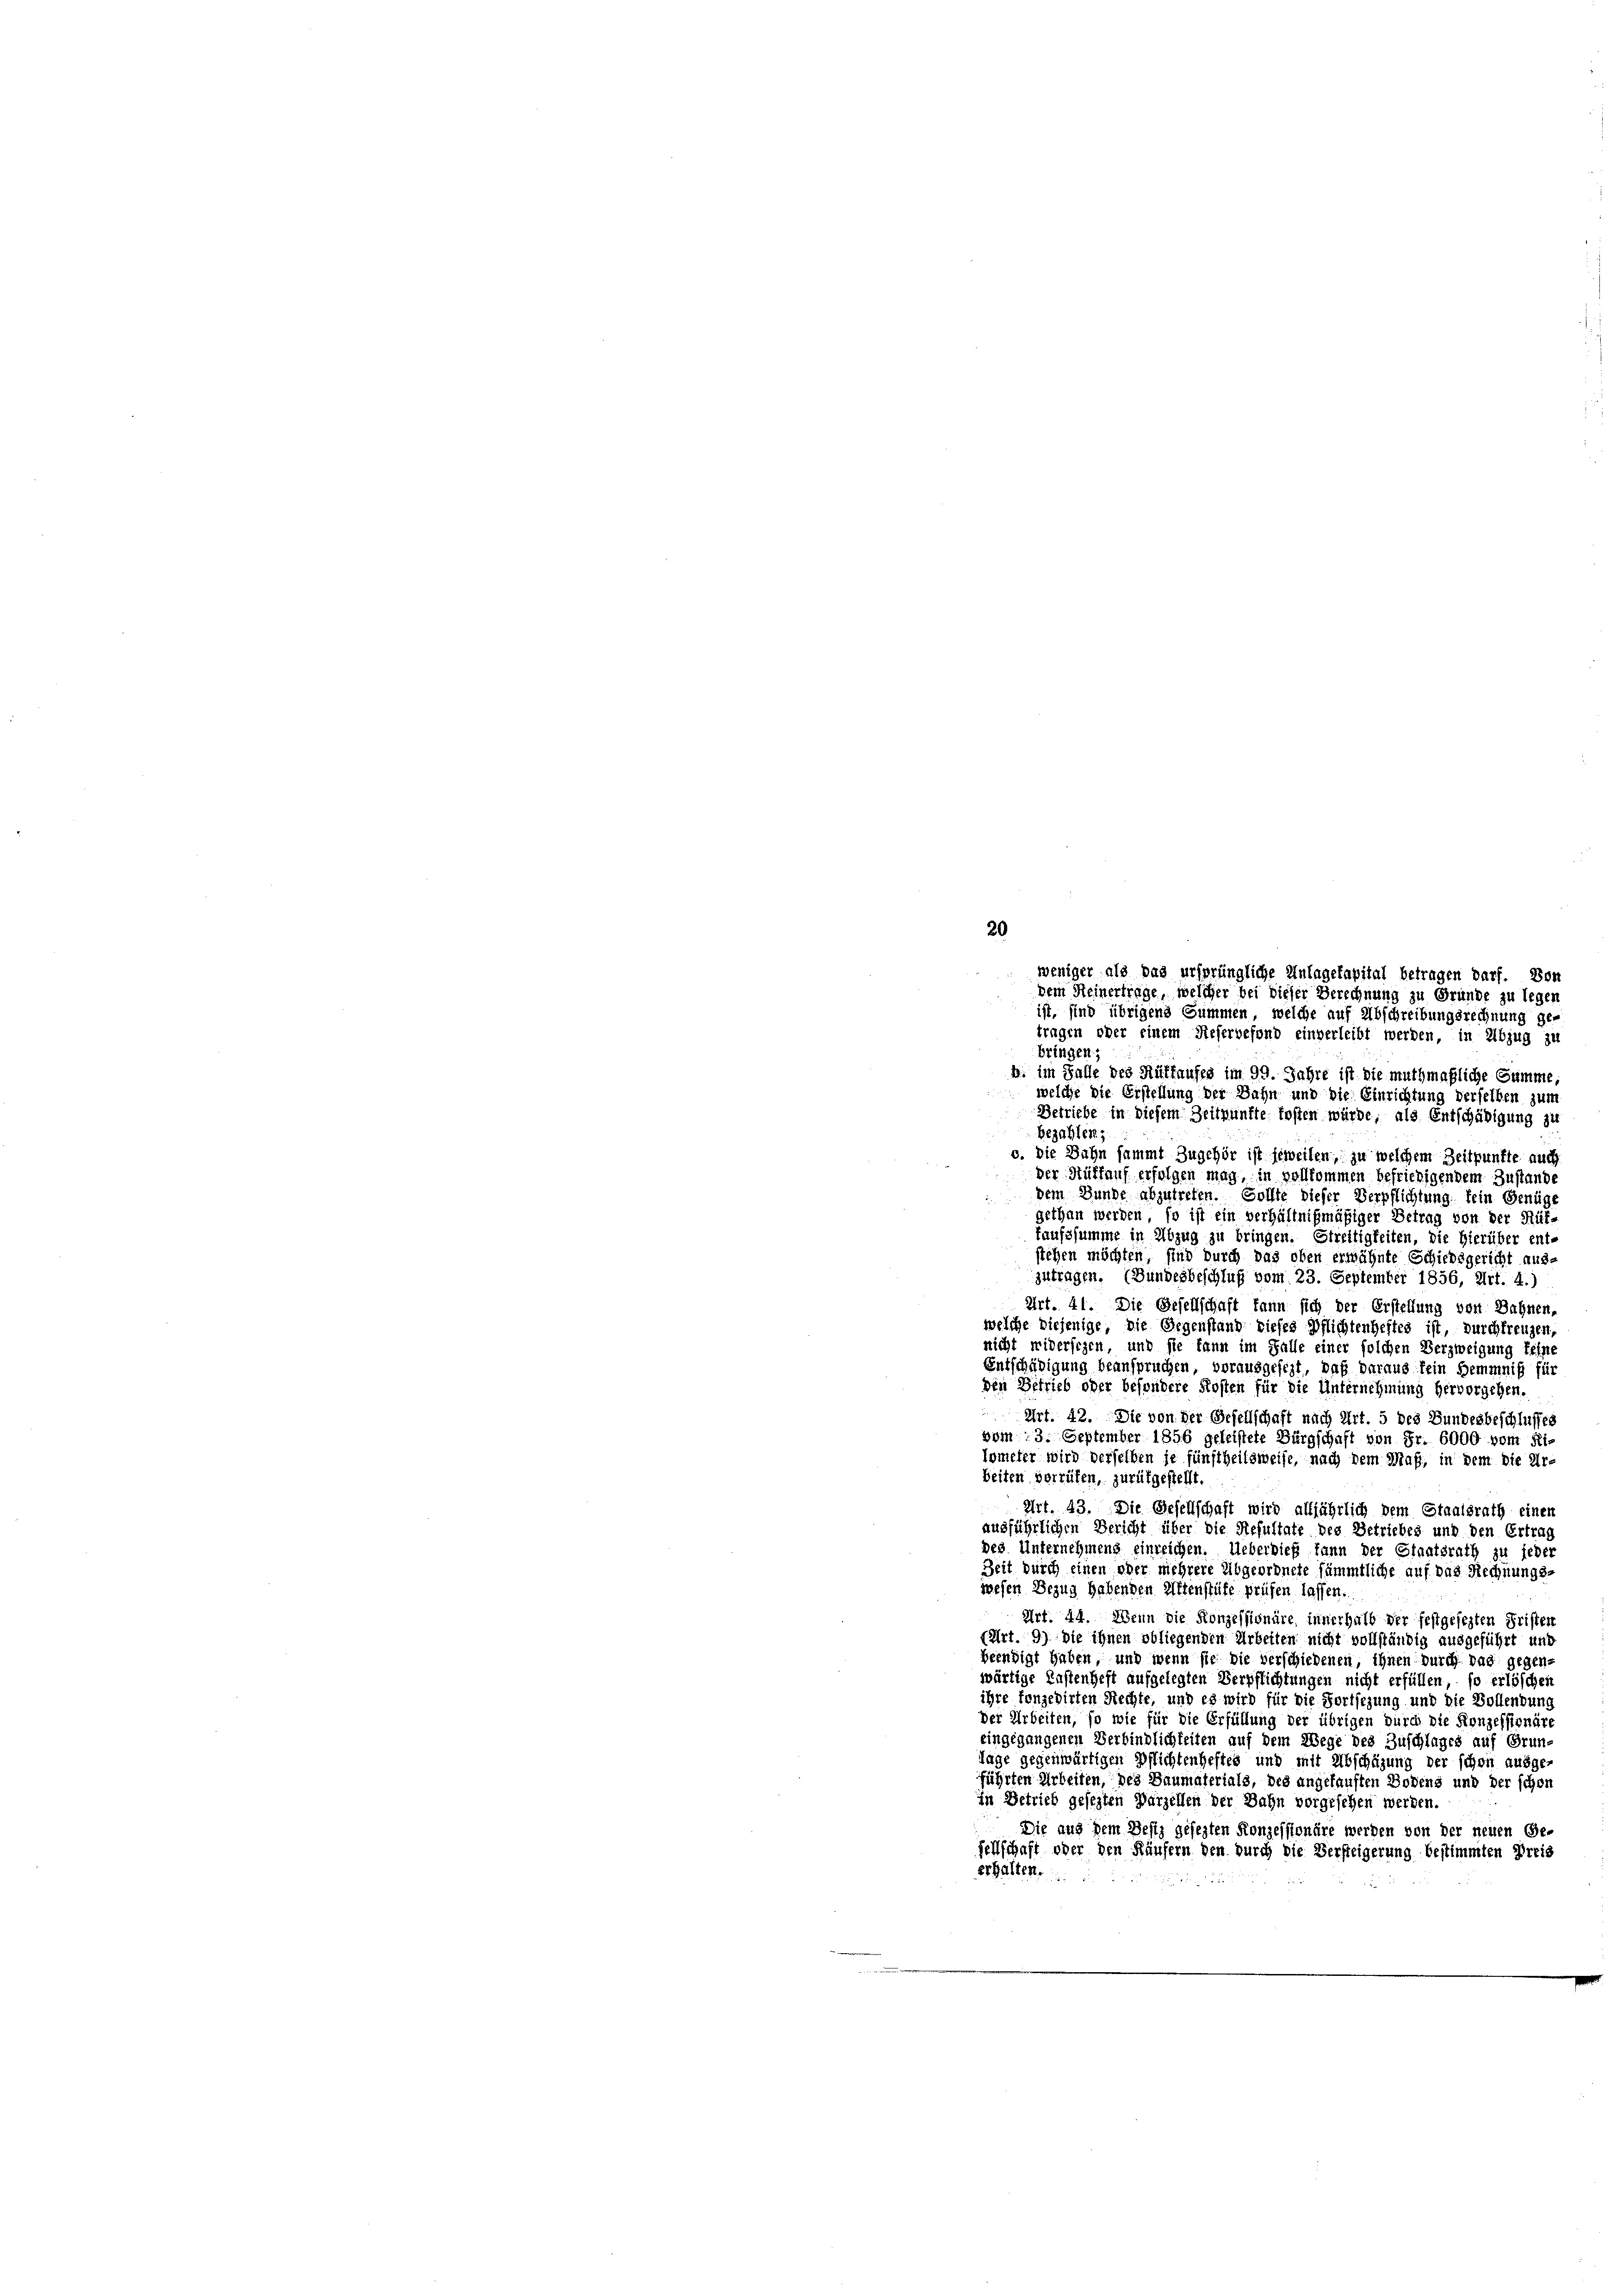
20

weniger als das ursprüngliche Anlagekapital betragen darf. Von
dem Reinertrage, welcher bei dieser Berechnung zu Grunde zu legen
ist, sind übrigens Summen, welche auf Abschreibungsrechnung ge-
tragen oder einem Reservefond einverleibt werden, in Abzug zu

bringen;
b. im Falle des Rütfaufes im 99. Jahre ist die muthmaßliche Summe,
welche die Erstellung der Bahn und die Einrichtung derselben zum
Betriebe in diesem Zeitpunfte fosten würde, als Entschädigung zu
bezahlen,
c. Die Zahn sammt Zugehör ist jeweilen, zu welchem Zeitpunkte auch
der Hütfauf erfolgen mag, in vollkommen befriedigendem Zustande
 Dem Bunde abzutreten. Sollte dieser Verpflichtung fein Genüge
gethan werden, so ist ein verhältnißmäßiger Betrag von der Rüt-
faufssumme in Abzug zu bringen. Streitigkeiten, die Hierüber ent-
stehen möchten, sind durch das oben erwähnte Schiedsgericht aus-
zutragen. (Bundesbeschluß vom 23. September 1856, Art. 4.)
Art. 41. Die Gesellschaft kann sich der Erstellung von Bahnen,
welche diejenige, die Gegenstand dieses Pflichtenheites ist, durchfreuzen,
nicht widersezen, und sie kann im Falle einer solchen Verzweigung feine
Entschädigung beanspruchen, vorausgefezt, daß daraus kein Hemmniß für
den Betrieb oder besondere Kosten für die Unternehmung hervorgehen.
Art. 42. Die von der Gesellschaft nach Art. 5 des Bundesbeschlusses
vom 13. September 1856 geleistete Bürgschaft von Fr. 6000 vom Fi-
lometer wird derselben je fünftheilsweise, nach dem Maß, in dem die Ur-
beiten verrüfen, zurükgestellt.
Art. 43. Die Gesellschaft wird alljährlich dem Staatsrath einer
ausführlichen Bericht über die Resultate des Betriebes und den Ertrag
des Unternehmens einreichen. Ueberdieß kann der Staatsrath zu jeder
Zeit durch einen ober mehrere Abgeordnete sämmtliche auf das Rechnungs-
wesen Bezug habenden Attenstüke prüfen lassen.
Art. 44. Wenn die Konzessionäre, innerhalb der festgesezten Fristen
(Art. 9) Die ihnen obliegenden Arbeiten nicht vollständig ausgeführt und
beendigt haben, und wenn sie die verschiedenen, ihnen durch das gegenwärtige Kastenheft aufgelegten Verpflichtungen nicht erfüllen, so erlöschen
ihre fonzedirten Rechte, und es wird für die Fortsezung und die Bollendung
der Arbeiten, so wie für die Erfüllung der übrigen durch die Konzessionäre
eingegangenen Verbindlichkeiten auf dem Wege des Zuschlages auf Grun
Tage gegenwärtigen Pflichtenheftes und mit Abschüzung der schon ausge-
führten Arbeiten, des Baumaterials, des angekauften Bodens und der schon
in Betrieb gesezten Parzellen der Bahn vorgesehen werden.
Die aus dem Desiz gesezten Konzessionäre werden von der neuen Ge-
Fellschaft oder den Käufern den durch die Versteigerung bestimmten Preis
erhalten.